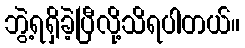
ဘွဲ့ရရှိခဲ့ပြီလို့သိရပါတယ်။